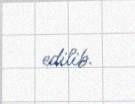
edilib.